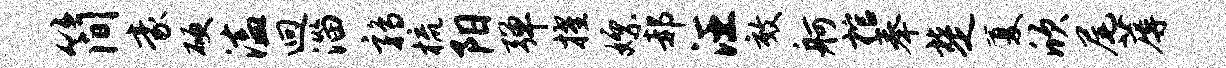
简豪硬溘迥淄鹑梳阳弹擢嫖郝汪效舸棺奉楚厦欣尾蓐